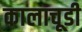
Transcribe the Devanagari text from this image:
कालाचूडी